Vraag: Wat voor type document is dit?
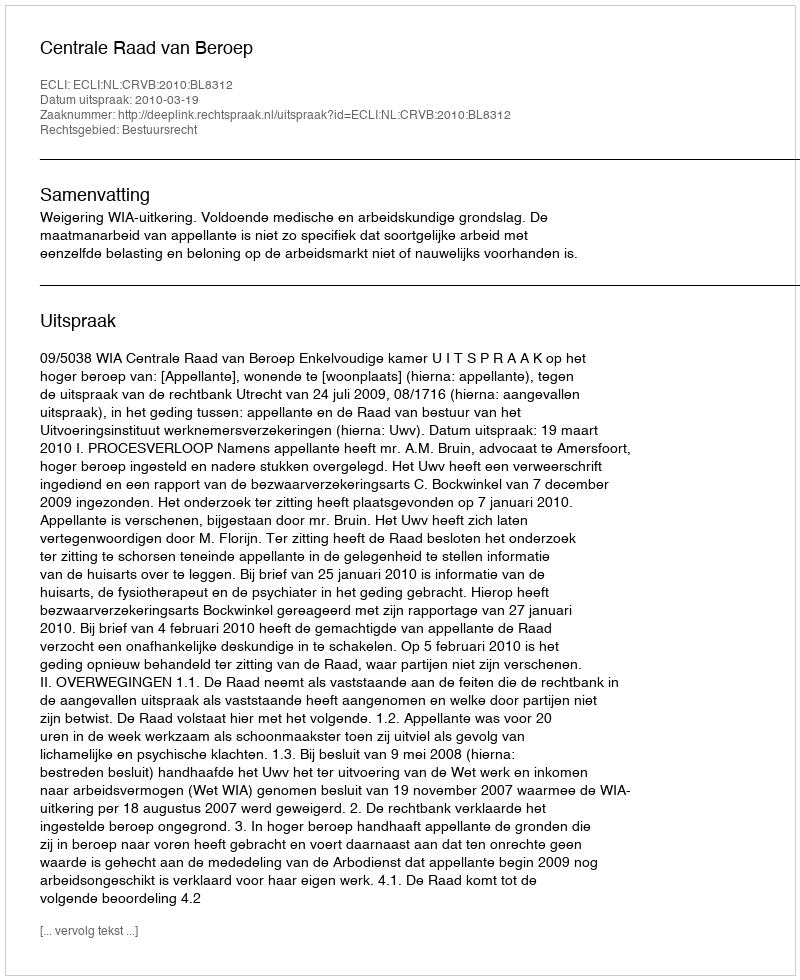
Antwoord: Uitspraak